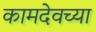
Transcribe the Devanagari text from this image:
कामदेवच्या